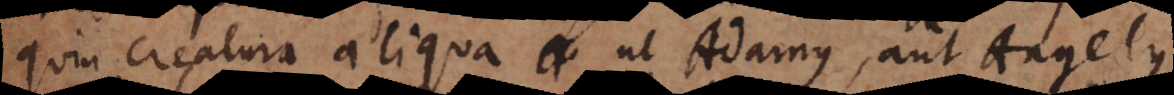
quin creatura aliqua ut Adamus, aut Angelus